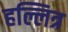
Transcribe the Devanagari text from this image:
हल्लित्र